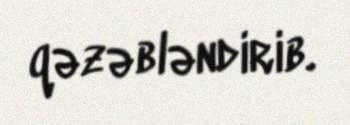
qəzəbləndirib.